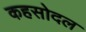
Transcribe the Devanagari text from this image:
कहसोदल